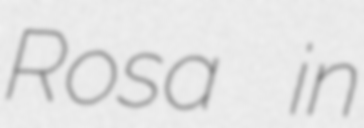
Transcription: Rosa in